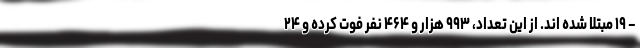
– ۱۹ مبتلا شده اند. از این تعداد، ۹۹۳ هزار و ۴۶۴ نفر فوت کرده و ۲۴